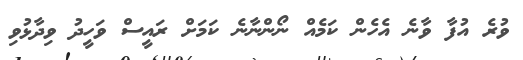
ވުރެ އުފާ ވާނެ އެހެން ކަމެއް ނޯންނާނެ ކަމަށް ރައީސް ވަހީދު ވިދާޅުވި